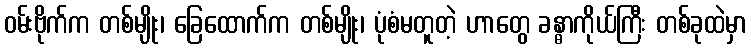
ဝမ်းဗိုက်က တစ်မျိုး၊ ခြေထောက်က တစ်မျိုး၊ ပုံစံမတူတဲ့ ဟာတွေ ခန္ဓာကိုယ်ကြီး တစ်ခုထဲမှာ